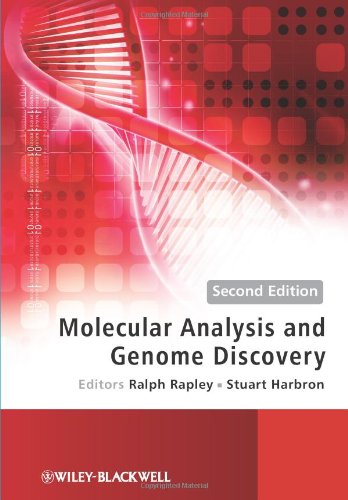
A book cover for Molecular Analysis and Genome Discovery; Medical Books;